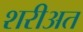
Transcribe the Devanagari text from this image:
शरीअत